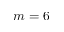
m = 6